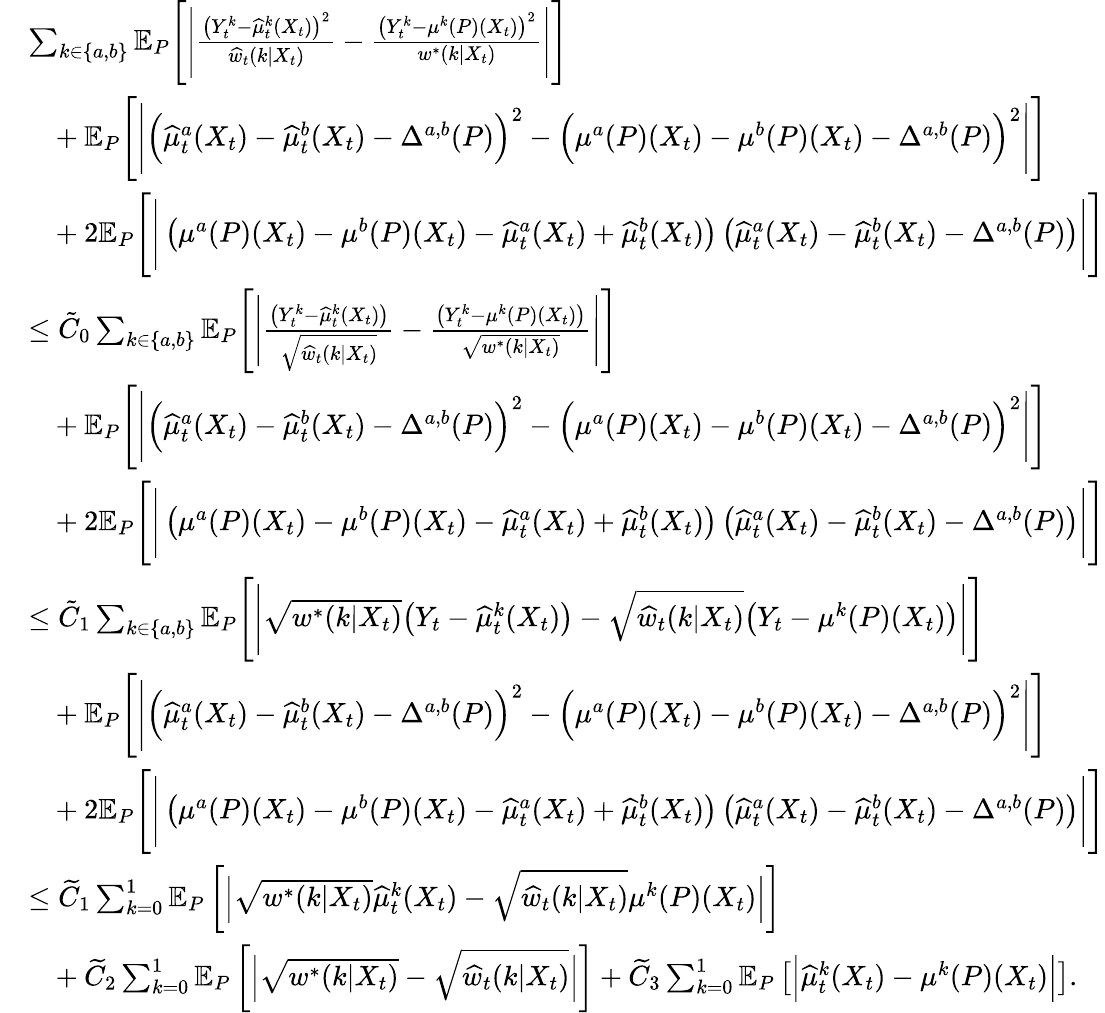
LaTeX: \begin{array}{rl}&{\sum_{k\in\{ a,b\} }\mathbb{E}_{P}\Bigg[\Bigg|\frac{\big(Y_{t}^{k}-\widehat{\mu}_{t}^{k}(X_{t})\big)^{2}}{\widehat{w}_{t}(k|X_{t})}-\frac{\big(Y_{t}^{k}-\mu^{k}(P)(X_{t})\big)^{2}}{w^{*}(k|X_{t})}\Bigg|\Bigg]}\\ &{\ \ \ +\mathbb{E}_{P}\Bigg[\Bigg|\Big(\widehat{\mu}_{t}^{a}(X_{t})-\widehat{\mu}_{t}^{b}(X_{t})-\Delta^{a,b}(P)\Big)^{2}-\Big(\mu^{a}(P)(X_{t})-\mu^{b}(P)(X_{t})-\Delta^{a,b}(P)\Big)^{2}\Bigg|\Bigg]}\\ &{\ \ \ +2\mathbb{E}_{P}\Bigg[\Bigg|\left(\mu^{a}(P)(X_{t})-\mu^{b}(P)(X_{t})-\widehat{\mu}_{t}^{a}(X_{t})+\widehat{\mu}_{t}^{b}(X_{t})\right)\left(\widehat{\mu}_{t}^{a}(X_{t})-\widehat{\mu}_{t}^{b}(X_{t})-\Delta^{a,b}(P)\right)\Bigg|\Bigg]}\\ &{\leq\tilde{C}_{0}\sum_{k\in\{ a,b\} }\mathbb{E}_{P}\Bigg[\Bigg|\frac{\big(Y_{t}^{k}-\widehat{\mu}_{t}^{k}(X_{t})\big)}{\sqrt{\widehat{w}_{t}(k|X_{t})}}-\frac{\big(Y_{t}^{k}-\mu^{k}(P)(X_{t})\big)}{\sqrt{w^{*}(k|X_{t})}}\Bigg|\Bigg]}\\ &{\ \ \ +\mathbb{E}_{P}\Bigg[\Bigg|\Big(\widehat{\mu}_{t}^{a}(X_{t})-\widehat{\mu}_{t}^{b}(X_{t})-\Delta^{a,b}(P)\Big)^{2}-\Big(\mu^{a}(P)(X_{t})-\mu^{b}(P)(X_{t})-\Delta^{a,b}(P)\Big)^{2}\Bigg|\Bigg]}\\ &{\ \ \ +2\mathbb{E}_{P}\Bigg[\Bigg|\left(\mu^{a}(P)(X_{t})-\mu^{b}(P)(X_{t})-\widehat{\mu}_{t}^{a}(X_{t})+\widehat{\mu}_{t}^{b}(X_{t})\right)\left(\widehat{\mu}_{t}^{a}(X_{t})-\widehat{\mu}_{t}^{b}(X_{t})-\Delta^{a,b}(P)\right)\Bigg|\Bigg]}\\ &{\leq\tilde{C}_{1}\sum_{k\in\{ a,b\} }\mathbb{E}_{P}\Bigg[\Bigg|\sqrt{w^{*}(k|X_{t})}\big(Y_{t}-\widehat{\mu}_{t}^{k}(X_{t})\big)-\sqrt{\widehat{w}_{t}(k|X_{t})}\big(Y_{t}-\mu^{k}(P)(X_{t})\big)\Bigg|\Bigg]}\\ &{\ \ \ +\mathbb{E}_{P}\Bigg[\Bigg|\Big(\widehat{\mu}_{t}^{a}(X_{t})-\widehat{\mu}_{t}^{b}(X_{t})-\Delta^{a,b}(P)\Big)^{2}-\Big(\mu^{a}(P)(X_{t})-\mu^{b}(P)(X_{t})-\Delta^{a,b}(P)\Big)^{2}\Bigg|\Bigg]}\\ &{\ \ \ +2\mathbb{E}_{P}\Bigg[\Bigg|\left(\mu^{a}(P)(X_{t})-\mu^{b}(P)(X_{t})-\widehat{\mu}_{t}^{a}(X_{t})+\widehat{\mu}_{t}^{b}(X_{t})\right)\left(\widehat{\mu}_{t}^{a}(X_{t})-\widehat{\mu}_{t}^{b}(X_{t})-\Delta^{a,b}(P)\right)\Bigg|\Bigg]}\\ &{\leq\widetilde{C}_{1}\sum_{k=0}^{1}\mathbb{E}_{P}\left[\Big|\sqrt{w^{*}(k|X_{t})}\widehat{\mu}_{t}^{k}(X_{t})-\sqrt{\widehat{w}_{t}(k|X_{t})}\mu^{k}(P)(X_{t})\Big|\right]}\\ &{\ \ \ +\widetilde{C}_{2}\sum_{k=0}^{1}\mathbb{E}_{P}\left[\Big|\sqrt{w^{*}(k|X_{t})}-\sqrt{\widehat{w}_{t}(k|X_{t})}\Big|\right]+\widetilde{C}_{3}\sum_{k=0}^{1}\mathbb{E}_{P}\left[\Big|\widehat{\mu}_{t}^{k}(X_{t})-\mu^{k}(P)(X_{t})\Big|\right].}\end{array}